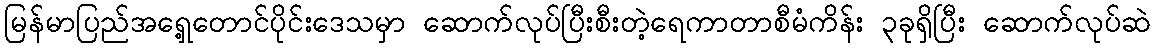
မြန်မာပြည်အရှေ့တောင်ပိုင်းဒေသမှာ ဆောက်လုပ်ပြီးစီးတဲ့ရေကာတာစီမံကိန်း ၃ခုရှိပြီး ဆောက်လုပ်ဆဲ